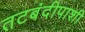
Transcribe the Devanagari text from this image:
तटबंदीपाशी